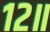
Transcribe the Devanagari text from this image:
१२॥